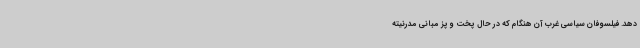
دهد. فیلسوفان سیاسی غرب آن هنگام که در حال پخت و پز مبانی مدرنیته